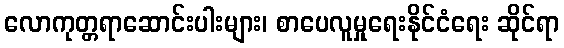
လောကုတ္တရာဆောင်းပါးများ၊ စာပေလူမှုရေးနိုင်ငံရေး ဆိုင်ရာ